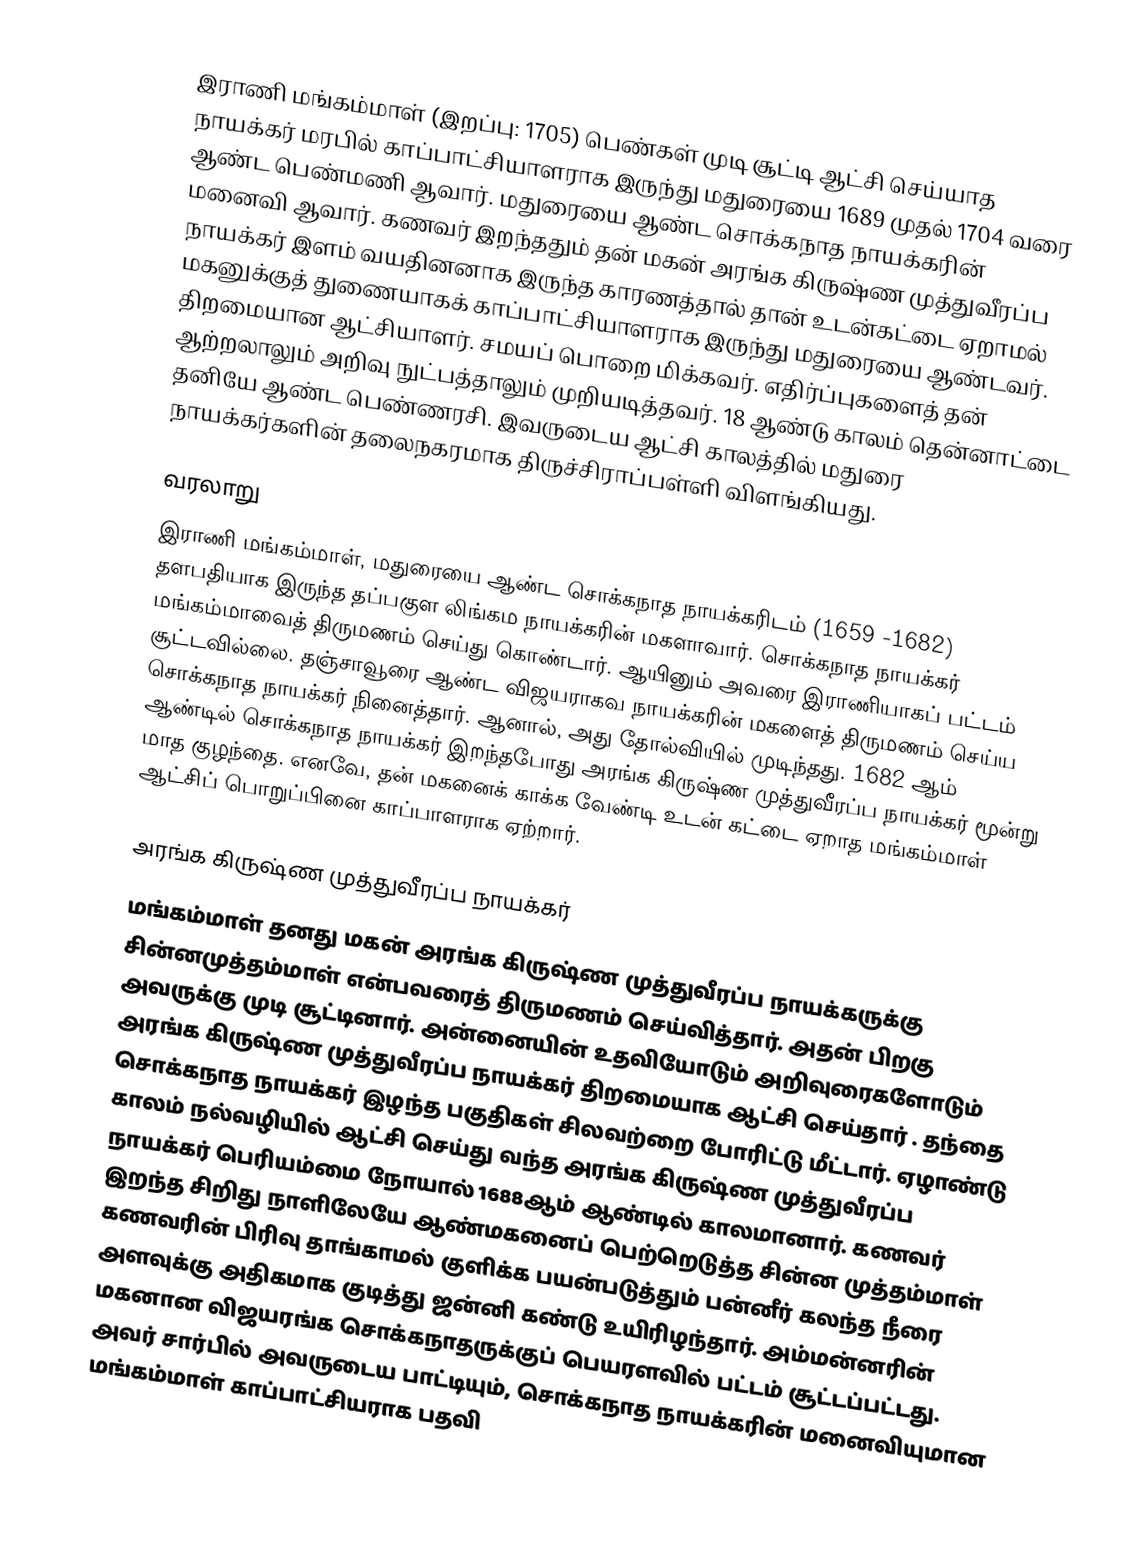
இராணி மங்கம்மாள் (இறப்பு:  1705) பெண்கள் முடி சூட்டி ஆட்சி செய்யாத நாயக்கர் மரபில் காப்பாட்சியாளராக இருந்து மதுரையை 1689 முதல் 1704 வரை ஆண்ட பெண்மணி ஆவார்.  மதுரையை ஆண்ட சொக்கநாத நாயக்கரின் மனைவி ஆவார். கணவர் இறந்ததும் தன் மகன் அரங்க கிருஷ்ண முத்துவீரப்ப நாயக்கர் இளம் வயதினனாக இருந்த காரணத்தால் தான் உடன்கட்டை ஏறாமல் மகனுக்குத் துணையாகக் காப்பாட்சியாளராக இருந்து மதுரையை  ஆண்டவர். திறமையான ஆட்சியாளர். சமயப் பொறை மிக்கவர். எதிர்ப்புகளைத் தன் ஆற்றலாலும் அறிவு நுட்பத்தாலும் முறியடித்தவர். 18 ஆண்டு காலம் தென்னாட்டை தனியே ஆண்ட பெண்ணரசி. இவருடைய ஆட்சி காலத்தில் மதுரை நாயக்கர்களின் தலைநகரமாக திருச்சிராப்பள்ளி விளங்கியது.

வரலாறு
இராணி மங்கம்மாள்,  மதுரையை ஆண்ட சொக்கநாத நாயக்கரிடம் (1659 -1682) தளபதியாக இருந்த தப்பகுள லிங்கம நாயக்கரின் மகளாவார். சொக்கநாத நாயக்கர் மங்கம்மாவைத் திருமணம் செய்து கொண்டார். ஆயினும் அவரை இராணியாகப் பட்டம் சூட்டவில்லை. தஞ்சாவூரை  ஆண்ட விஜயராகவ நாயக்கரின்  மகளைத் திருமணம் செய்ய சொக்கநாத நாயக்கர் நினைத்தார். ஆனால், அது தோல்வியில் முடிந்தது. 1682 ஆம் ஆண்டில் சொக்கநாத நாயக்கர் இறந்தபோது அரங்க கிருஷ்ண முத்துவீரப்ப நாயக்கர் மூன்று மாத குழந்தை. எனவே, தன் மகனைக் காக்க வேண்டி உடன் கட்டை ஏறாத மங்கம்மாள் ஆட்சிப் பொறுப்பினை காப்பாளராக ஏற்றார்.

அரங்க கிருஷ்ண முத்துவீரப்ப நாயக்கர்
மங்கம்மாள் தனது மகன் அரங்க கிருஷ்ண முத்துவீரப்ப நாயக்கருக்கு சின்னமுத்தம்மாள் என்பவரைத் திருமணம் செய்வித்தார். அதன் பிறகு அவருக்கு முடி சூட்டினார். அன்னையின் உதவியோடும் அறிவுரைகளோடும் அரங்க கிருஷ்ண முத்துவீரப்ப நாயக்கர் திறமையாக ஆட்சி செய்தார் . தந்தை சொக்கநாத நாயக்கர் இழந்த பகுதிகள் சிலவற்றை போரிட்டு மீட்டார். ஏழாண்டு காலம் நல்வழியில் ஆட்சி செய்து வந்த அரங்க கிருஷ்ண முத்துவீரப்ப நாயக்கர் பெரியம்மை நோயால் 1688ஆம் ஆண்டில் காலமானார். கணவர் இறந்த சிறிது நாளிலேயே ஆண்மகனைப் பெற்றெடுத்த சின்ன முத்தம்மாள் கணவரின் பிரிவு தாங்காமல் குளிக்க பயன்படுத்தும் பன்னீர் கலந்த நீரை அளவுக்கு அதிகமாக குடித்து ஜன்னி கண்டு உயிரிழந்தார். அம்மன்னரின் மகனான விஜயரங்க சொக்கநாதருக்குப் பெயரளவில் பட்டம் சூட்டப்பட்டது. அவர் சார்பில் அவருடைய பாட்டியும், சொக்கநாத நாயக்கரின் மனைவியுமான மங்கம்மாள் காப்பாட்சியராக  பதவி